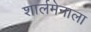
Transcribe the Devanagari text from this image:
शार्लमेनाला